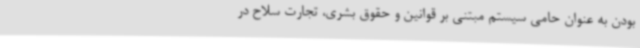
بودن به عنوان حامی سیستم مبتنی بر قوانین و حقوق بشری، تجارت سلاح در